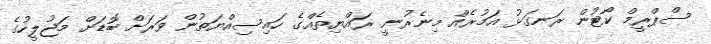
ސްޕްރީމް ކޯޓުން ރަނގަޅު އަމުރެއް މިނެރުނީ. ރައްޔިތެއްގެ ހައިސިއްޔަތުން ވަރަށް ބޮޑަށް މަޖުލީހުގެ